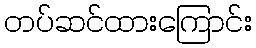
တပ်ဆင်ထားကြောင်း